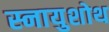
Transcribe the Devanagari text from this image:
स्नायुशोथ